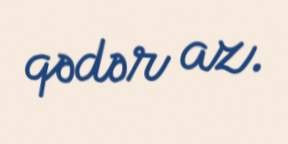
qədər az.